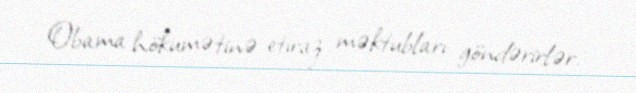
Obama hökumətinə etiraz məktubları göndərirlər.